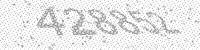
Solution: 428852